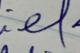
Signature authenticity: forged